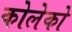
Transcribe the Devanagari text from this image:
कोलेको